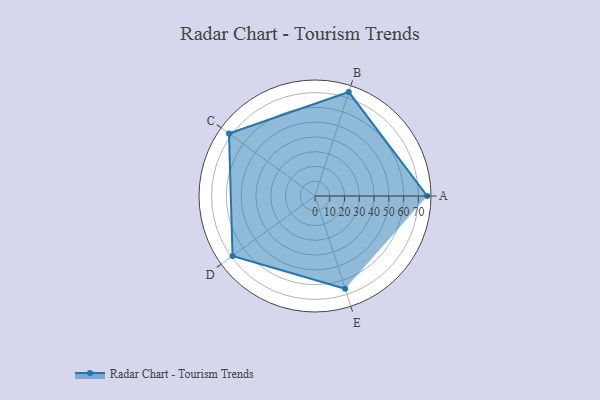
{"axis": {"x": "Skill", "y": "Score"}, "legend": ["Profile"], "data": [{"x": "A", "y": 76.0, "type": "Profile"}, {"x": "B", "y": 74.0, "type": "Profile"}, {"x": "C", "y": 72.0, "type": "Profile"}, {"x": "D", "y": 69.0, "type": "Profile"}, {"x": "E", "y": 66.0, "type": "Profile"}]}